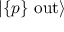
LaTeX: | \{ p \} \ \mathrm { o u t } \rangle